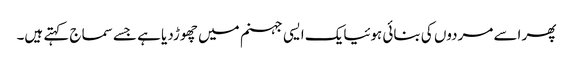
پھر اسے مردوں کی بنائی ہوئیایک ایسی جہنم میں چھوڑدیا ہے جسے سماج کہتے ہیں۔